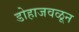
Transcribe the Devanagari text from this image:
डोहाजवळून